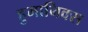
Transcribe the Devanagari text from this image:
हुमानिक्स